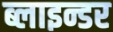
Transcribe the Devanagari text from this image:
ब्लाइन्डर